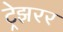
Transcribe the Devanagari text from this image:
ट्रेझरर